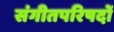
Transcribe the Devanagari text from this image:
संगीतपरिषदों